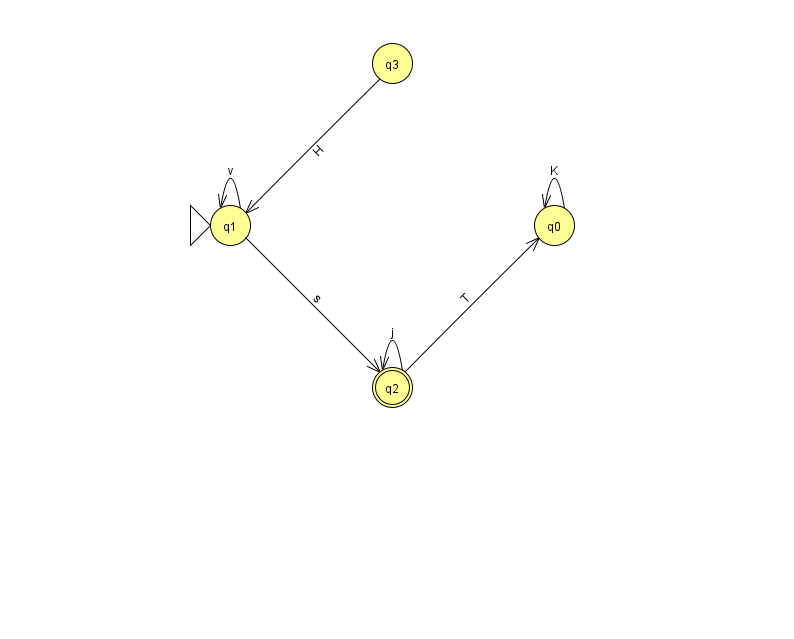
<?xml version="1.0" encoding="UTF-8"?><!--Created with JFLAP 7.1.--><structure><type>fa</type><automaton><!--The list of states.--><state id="0" name="q0"><x>554.0</x><y>212.0</y></state><state id="1" name="q1"><x>230.0</x><y>212.0</y><initial/></state><state id="2" name="q2"><x>392.0</x><y>374.0</y><final/></state><state id="3" name="q3"><x>392.0</x><y>50.0</y></state><!--The list of transitions.--><transition><from>3</from><to>1</to><read>H</read></transition><transition><from>1</from><to>1</to><read>v</read></transition><transition><from>2</from><to>2</to><read>j</read></transition><transition><from>0</from><to>0</to><read>K</read></transition><transition><from>1</from><to>2</to><read>s</read></transition><transition><from>2</from><to>0</to><read>T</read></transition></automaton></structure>